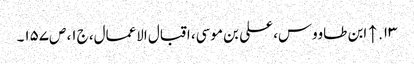
۱۳. ↑ ابن طاووس، علی بن موسی، اقبال الاعمال، ج‌۱، ص‌۱۵۷۔